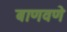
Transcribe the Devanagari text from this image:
बाणवणे